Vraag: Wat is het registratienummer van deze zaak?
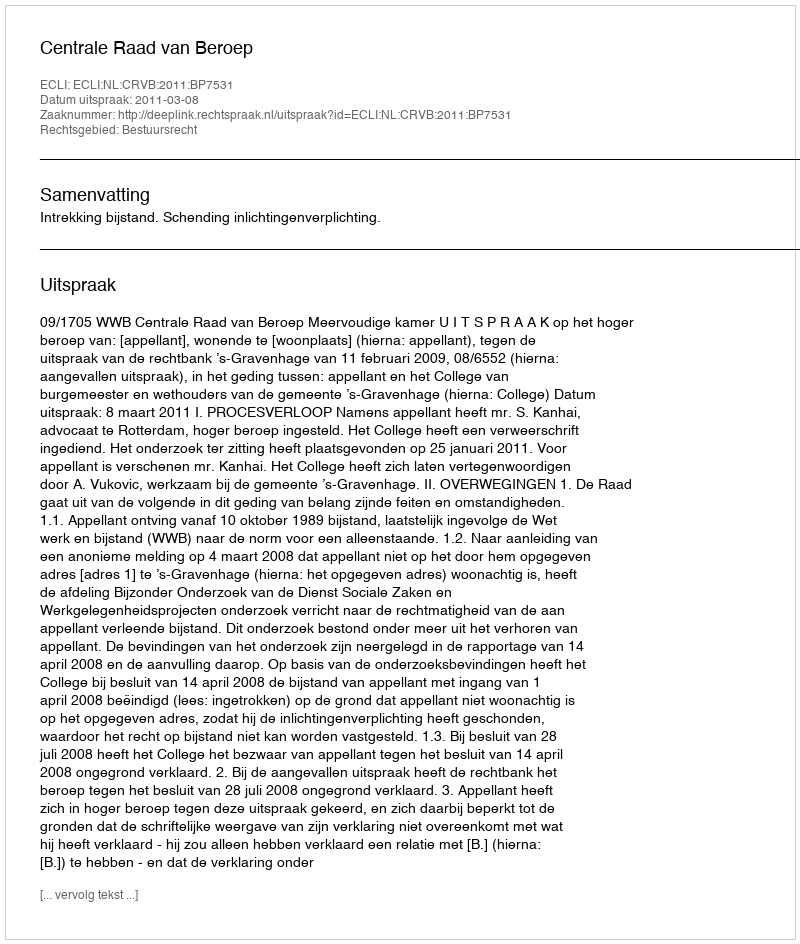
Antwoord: http://deeplink.rechtspraak.nl/uitspraak?id=ECLI:NL:CRVB:2011:BP7531